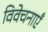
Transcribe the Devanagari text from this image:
विवेचनाएँ